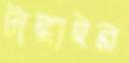
টাঙ্গাইর